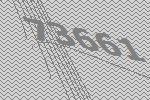
73661